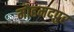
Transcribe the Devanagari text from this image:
मौहमदपुर